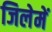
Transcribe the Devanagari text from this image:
जिलेमें